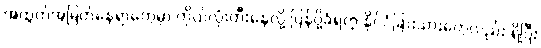
အထွတ်အမြတ်နေရာတွေမှာ ကိုယ်လုံးတီးနေလို့ ပြန်ပို့ခံရတဲ့ နိုင်ငံခြားသားတွေလည်း ရှိပြီး